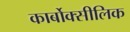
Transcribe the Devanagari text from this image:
कार्बोक्सीलिक